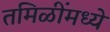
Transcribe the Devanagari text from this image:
तमिळींमध्ये